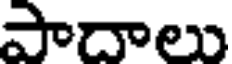
పాదాలు